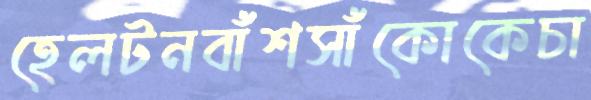
হেলটনবাঁশসাঁকোকেচা